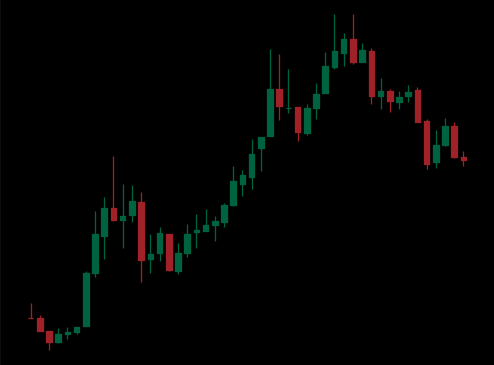
Pattern: bear_flag